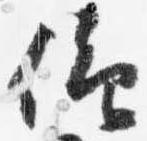
仰